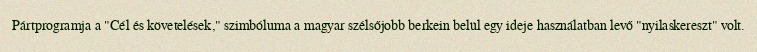
Pártprogramja a "Cél és követelések," szimbóluma a magyar szélsőjobb berkein belül egy ideje használatban levő "nyilaskereszt" volt.